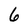
Character: 6